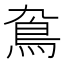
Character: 䲥